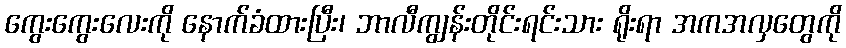
ကွေးကွေးလေးကို နောက်ခံထားပြီး၊ ဘာလီကျွန်းတိုင်းရင်းသား ရိုးရာ အကအလှတွေကို